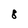
Character: 8